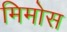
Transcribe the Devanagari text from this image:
मिमोस